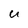
Character: u